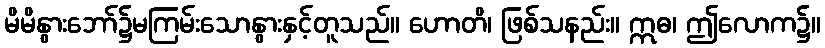
မိမိနွားဘော်၌မကြမ်းသောနွားနှင့်တူသည်။ ဟောတိ၊ ဖြစ်သနည်း။ ဣဓ၊ ဤလောက၌။